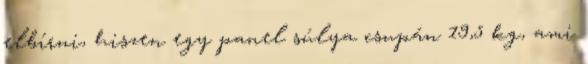
elbírni, hiszen egy panel súlya csupán 19,5 kg, ami